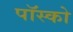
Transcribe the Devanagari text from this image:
पॉस्को